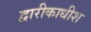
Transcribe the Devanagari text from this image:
द्वारीकाधीश